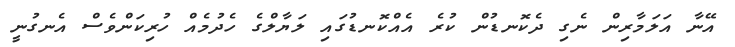
އޭނާ އަލަމާރިން ނެގި ދެކޮނޑުން ކުރެ އެއްކޮނޑުގައި ލަޔާލްގެ ހެދުމެއް ހުރިކަންވެސް އެނގުނީ